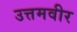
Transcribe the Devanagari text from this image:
उत्तमवीर